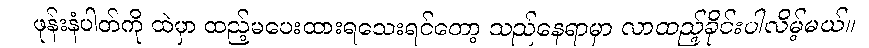
ဖုန်းနံပါတ်ကို ထဲမှာ ထည့်မပေးထားရသေးရင်တော့ သည်နေရာမှာ လာထည့်ခိုင်းပါလိမ့်မယ်။